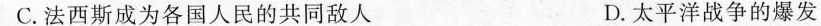
C.法西斯成为各国人民的共同敌人 D.太平洋战争的爆发